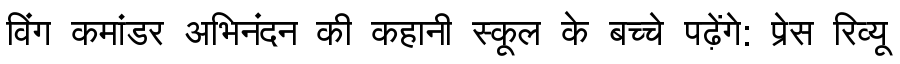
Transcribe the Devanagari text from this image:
विंग कमांडर अभिनंदन की कहानी स्कूल के बच्चे पढ़ेंगे: प्रेस रिव्यू